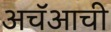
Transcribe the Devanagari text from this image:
अचॅआची